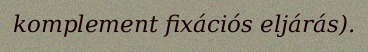
komplement fixációs eljárás).